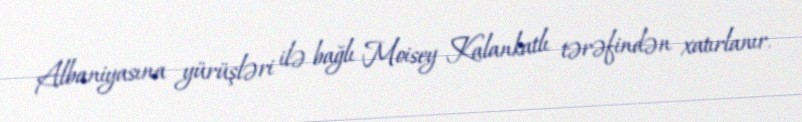
Albaniyasına yürüşləri ilə bağlı Moisey Kalankatlı tərəfindən xatırlanır.